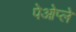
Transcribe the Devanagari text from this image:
पेओप्ले